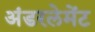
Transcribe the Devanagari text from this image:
अंडरलेमेंट